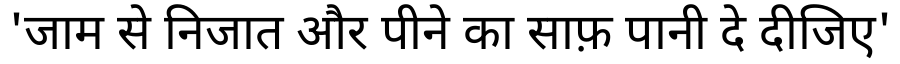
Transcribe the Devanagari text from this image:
'जाम से निजात और पीने का साफ़ पानी दे दीजिए'